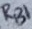
Text: RB1